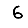
Digit: 6